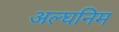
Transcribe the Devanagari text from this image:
अल्घनिम